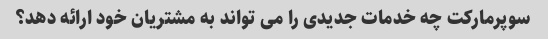
سوپرمارکت چه خدمات جدیدی را می تواند به مشتریان خود ارائه دهد؟